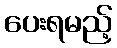
ပေးရမည့်